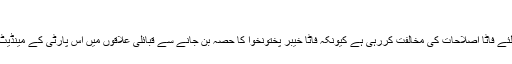
'
انھوں نے کہا کہ جے یو آئی اس لئے فاٹا اصلاحات کی مخالفت کررہی ہے کیونکہ فاٹا خیبر پختونخوا کا حصہ بن جانے سے قبائلی علاقوں میں اس پارٹی کے مینڈیٹ کو نقصان پہنچنے کا خطرہ ہے۔